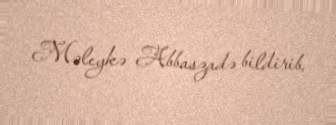
Məleykə Abbaszadə bildirib.